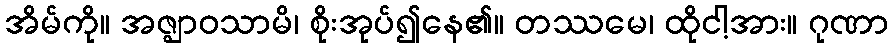
အိမ်ကို။ အဇ္ဈာဝသာမိ၊ စိုးအုပ်၍နေ၏။ တဿမေ၊ ထိုငါ့အား။ ဂုဏာ